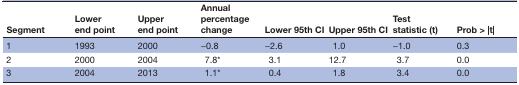
| Segment | Lower end point | Upper end point | Annual percentage change | Lower 95th CI | Upper 95th CI | Test statistic (t) | Prob > |t| |
 | --- | --- | --- | --- | --- | --- | --- | --- |
 | 1 | 1993 | 2000 | −0.8 | −2.6 | 1.0 | −1.0 | 0.3 |
 | 2 | 2000 | 2004 | 7.8* | 3.1 | 12.7 | 3.7 | 0.0 |
 | 3 | 2004 | 2013 | 1.1* | 0.4 | 1.8 | 3.4 | 0.0 |